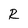
Character: R